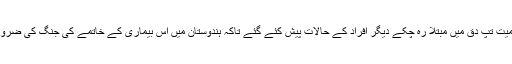
پروگرام میں امیتابھ بچن سمیت تَپِ دِق میں مبتلا رہ چکے دیگر افراد کے حالات پیش کئے گئے تاکہ ہندوستان میں اس بیماری کے خاتمے کی جنگ کی ضرورت کو نمایاں کیا جاسکے۔